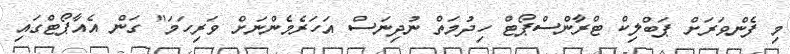
މި ފެންވަރަށް ޕަބްލިކް ޓްރާންސްޕޯޓް ހިދުމަތް ނުދިނަސް އަހަރެމެންނަށް ވަރިހަމަ" ގަން އެއާޕޯޓްގައި